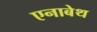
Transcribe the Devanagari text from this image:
एनाबेथ